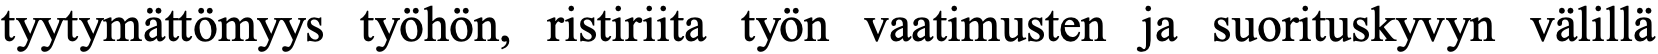
tyytymättömyys työhön, ristiriita työn vaatimusten ja suorituskyvyn välillä